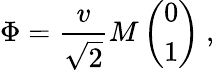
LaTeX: \Phi=\frac{v}{\sqrt{2}}M\left(\begin{array}{c}{{0}}\\ {{1}}\end{array}\right)\ ,